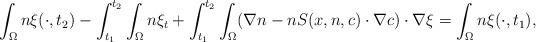
LaTeX: \begin{align*}\int_{\Omega}n\xi(\cdot, t_{2})-\int_{t_{1}}^{t_{2}}\int_{\Omega}n\xi_{t}+\int_{t_{1}}^{t_{2}}\int_{\Omega}(\nabla n - n S(x,n,c) \cdot \nabla c)\cdot \nabla \xi=\int_{\Omega}n\xi(\cdot, t_{1}),\end{align*}